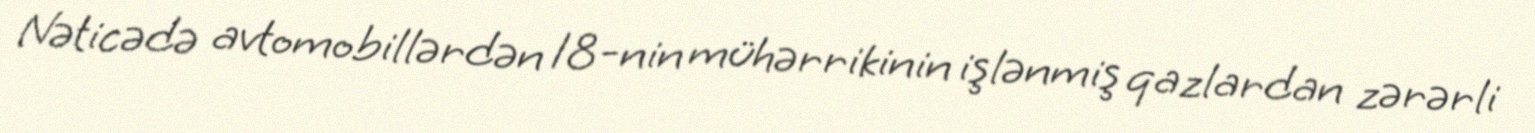
Nəticədə avtomobillərdən 18-nin mühərrikinin işlənmiş qazlardan zərərli